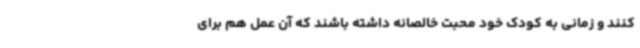
کنند و زمانی به کودک خود محبت خالصانه داشته باشند که آن عمل هم برای